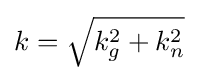
k={\sqrt {k_{g}^{2}+k_{n}^{2}}}